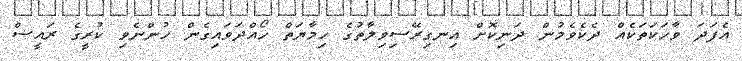
އެފަދަ ވާހަކަތަކެއް ދެކެވެމުން ދަނިކޮށް އިނގިރޭސިވިލާތުގެ ހިމާޔަތް ހޯއްދަވައިގެން ހުންނެވި ކުރީގެ ރައީސް